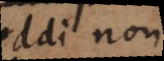
reddi non